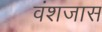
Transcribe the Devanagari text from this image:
वंशजास